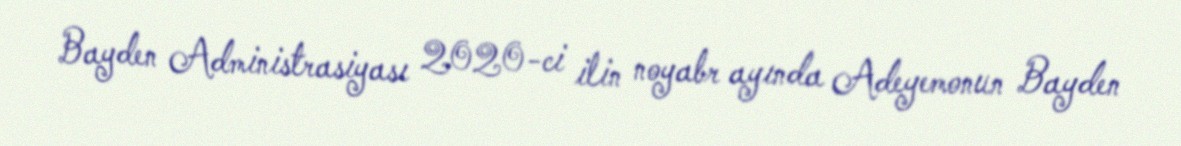
Bayden Administrasiyası 2020-ci ilin noyabr ayında Adeyemonun Bayden